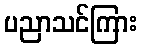
ပညာသင်ကြား